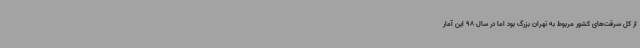
از کل سرقت‌های کشور مربوط به تهران بزرگ بود اما در سال 98 این آمار